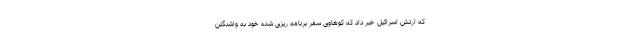
که ارتش اسرائیل خبر داد که کوهاوی سفر برنامه ریزی شده خود به واشنگتن